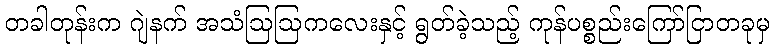
တခါတုန်းက ဂျဲနက် အသံဩဩကလေးနှင့် ရွတ်ခဲ့သည့် ကုန်ပစ္စည်းကြော်ငြာတခုမှ